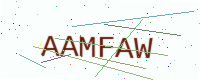
Text: AAMFAW